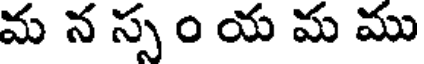
మ న స్స ం య మ ము